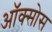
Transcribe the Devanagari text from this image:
ऑक्सोस